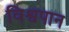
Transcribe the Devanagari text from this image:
विश्वपान